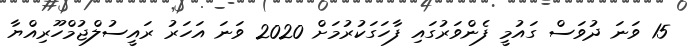
15 ވަނަ ދުވަސް ގައުމީ ފެންވަރުގައި ފާހަގަކުރުމަށް 2020 ވަނަ އަހަރު ރައީސުލްޖުމްހޫރިއްޔާ